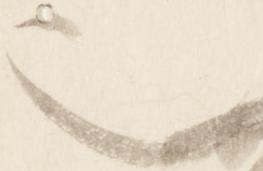
也